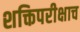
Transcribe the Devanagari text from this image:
शक्तिपरीक्षाच